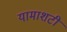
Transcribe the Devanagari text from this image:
यामाशटी